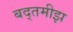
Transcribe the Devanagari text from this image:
बद्तमीझ